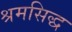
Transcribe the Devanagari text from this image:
श्रमसिद्ध